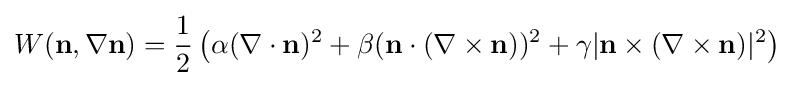
W(\mathbf {n} ,\nabla \mathbf {n} )={\frac {1}{2}}\left(\alpha (\nabla \cdot \mathbf {n} )^{2}+\beta (\mathbf {n} \cdot (\nabla \times \mathbf {n} ))^{2}+\gamma |\mathbf {n} \times (\nabla \times \mathbf {n} )|^{2}\right)